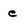
Character: e